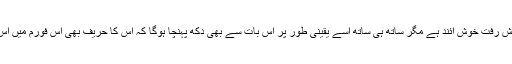
بھارت کے لیے یہ پیش رفت خوش آئند ہے مگر ساتھ ہی ساتھ اُسے یقینی طور پر اس بات سے بھی دکھ پہنچا ہوگا کہ اُس کا حریف بھی اس فورم میں اُس کے مقابل کھڑا ہے۔